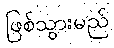
ဖြစ်သွားမည်